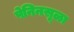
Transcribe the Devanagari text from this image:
पेनिनसूळा